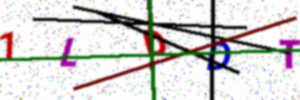
Text: 1LDDT